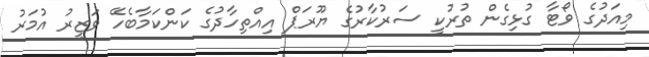
މިއަދުގެ ވޯޓާ ގުޅިގެން ތުރުކީ ސަރުކާރުގެ ޔޫރަޕް އިއްތިހާދުގެ ކަންކަމާބެހޭ ވަޒީރު އުމަރު